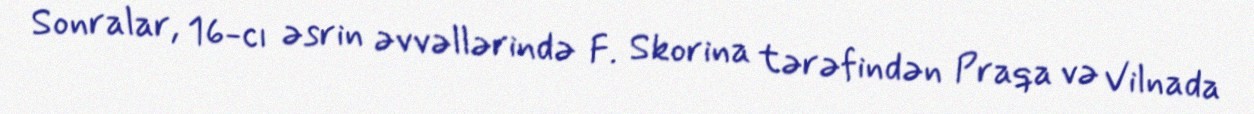
Sonralar, 16-cı əsrin əvvəllərində F. Skorina tərəfindən Praqa və Vilnada